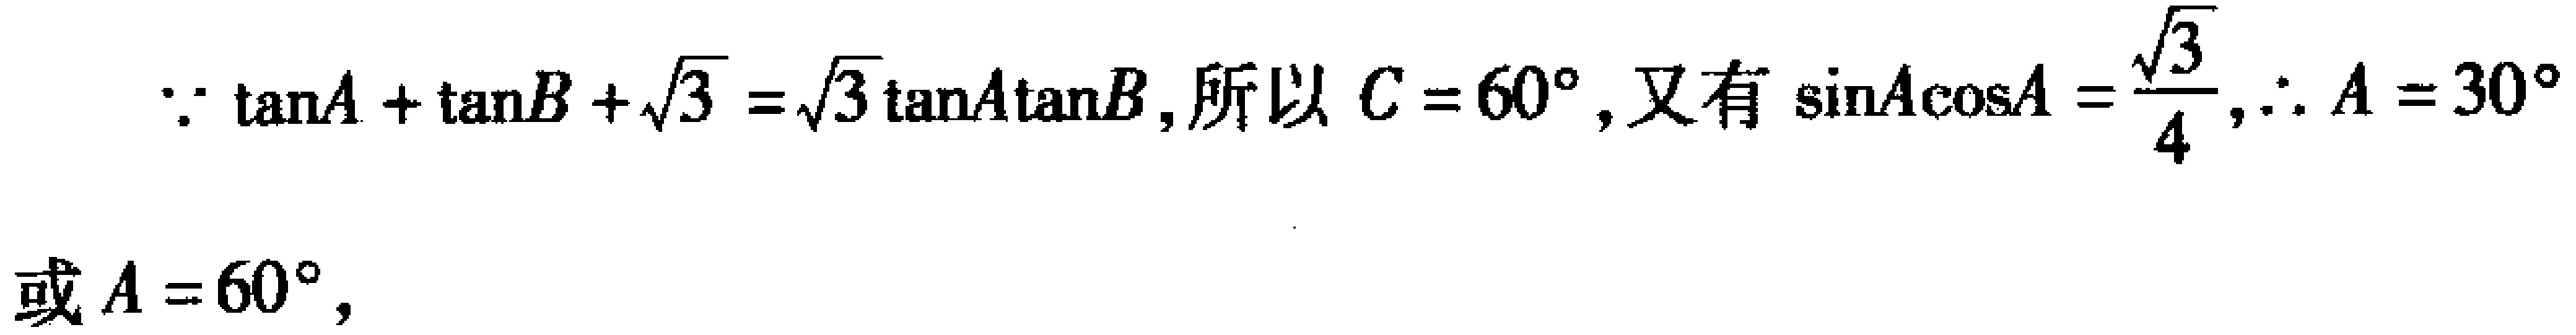
\(\because \tan A+\tan B+\sqrt{3}=\sqrt{3}\tan A\tan B,\text{所以 }C = 60^{\circ},\text{又有 }\sin A\cos A=\frac{\sqrt{3}}{4},\therefore A = 30^{\circ}\)
或\(A = 60^{\circ},\)